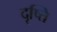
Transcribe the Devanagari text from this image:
दृष्ति